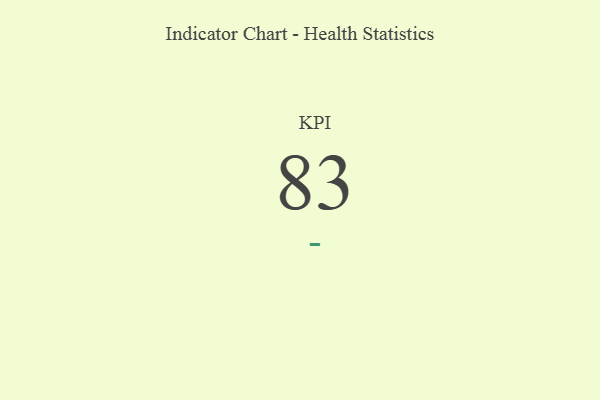
{"axis": {"x": "KPI", "y": "Value"}, "legend": [""], "data": [{"x": "KPI", "y": 83, "type": ""}]}